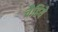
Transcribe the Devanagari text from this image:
चैहिये